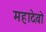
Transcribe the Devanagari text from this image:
महादेवो